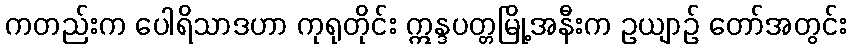
ကတည်းက ပေါရိသာဒဟာ ကုရုတိုင်း ဣန္ဒပတ္တမြို့အနီးက ဥယျာဉ် တော်အတွင်း